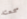
سمعته